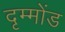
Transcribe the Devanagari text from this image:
दृम्मोंड